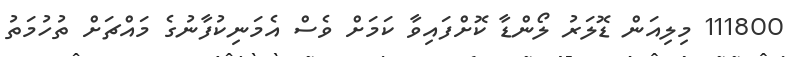
111800 މިލިއަން ޑޮލަރު ލޯންޑާ ކޮށްފައިވާ ކަމަށް ވެސް އެމަނިކުފާނުގެ މައްޗަށް ތުހުމަތު